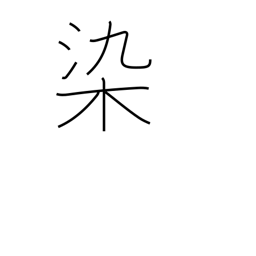
Meaning: stain